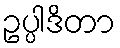
ဥပ္ပါဒိတာ